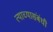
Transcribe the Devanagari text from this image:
त्याच्यासंबंधी